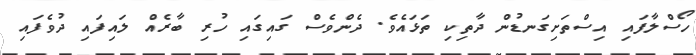
ހޯސްލާފައި އިސްތަށިގަނޑުން ދާތިކި ތަޅައެވެ. ދެންވެސް ގައިގައި ހުރި ބާރެއް ލައިފައި ދުވެފައި